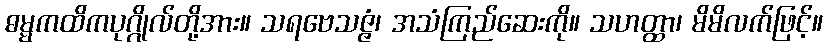
ဓမ္မကထိကပုဂ္ဂိုလ်တို့အား။ သရဗေသဇ္ဇံ၊ အသံကြည်ဆေးကို။ သဟတ္ထာ၊ မိမိလက်ဖြင့်။